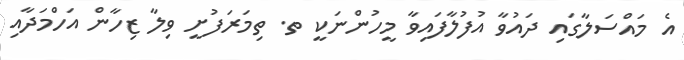
އެ މައްސަލާގައި ދައުވާ އުފުލާފައިވާ މީހުންނަކީ ތ. ތިމަރަފުށީ ވިލާ ޒިހާން އަހްމަދާއި